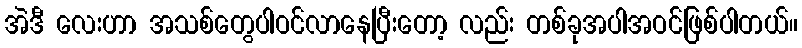
အဲဒီ လေးဟာ အသစ်တွေပါဝင်လာနေပြီးတော့ လည်း တစ်ခုအပါအဝင်ဖြစ်ပါတယ်။